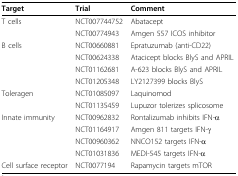
| Target | Trial | Comment |
 | --- | --- | --- |
 | T cells | NCT007744752 | Abatacept |
 |  | NCT00774943 | Amgen 557 ICOS inhibitor |
 | B cells | NCT00660881 | Epratuzumab (anti-CD22) |
 |  | NCT00624338 | Atacicept blocks BlyS and APRIL |
 |  | NCT01162681 | A-623 blocks BlyS and APRIL |
 |  | NCT01205348 | LY2127399 blocks BlyS |
 | Toleragen | NCT01085097 | Laquinomod |
 |  | NCT01135459 | Lupuzor tolerizes splicosome |
 | Innate immunity | NCT00962832 | Rontalizumab inhibits IFN-α |
 |  | NCT01164917 | Amgen 811 targets IFN-γ |
 |  | NCT00960362 | NNCO152 targets IFN-α |
 |  | NCT01031836 | MEDI-545 targets IFN-α |
 | Cell surface receptor | NCT0077194 | Rapamycin targets mTOR |